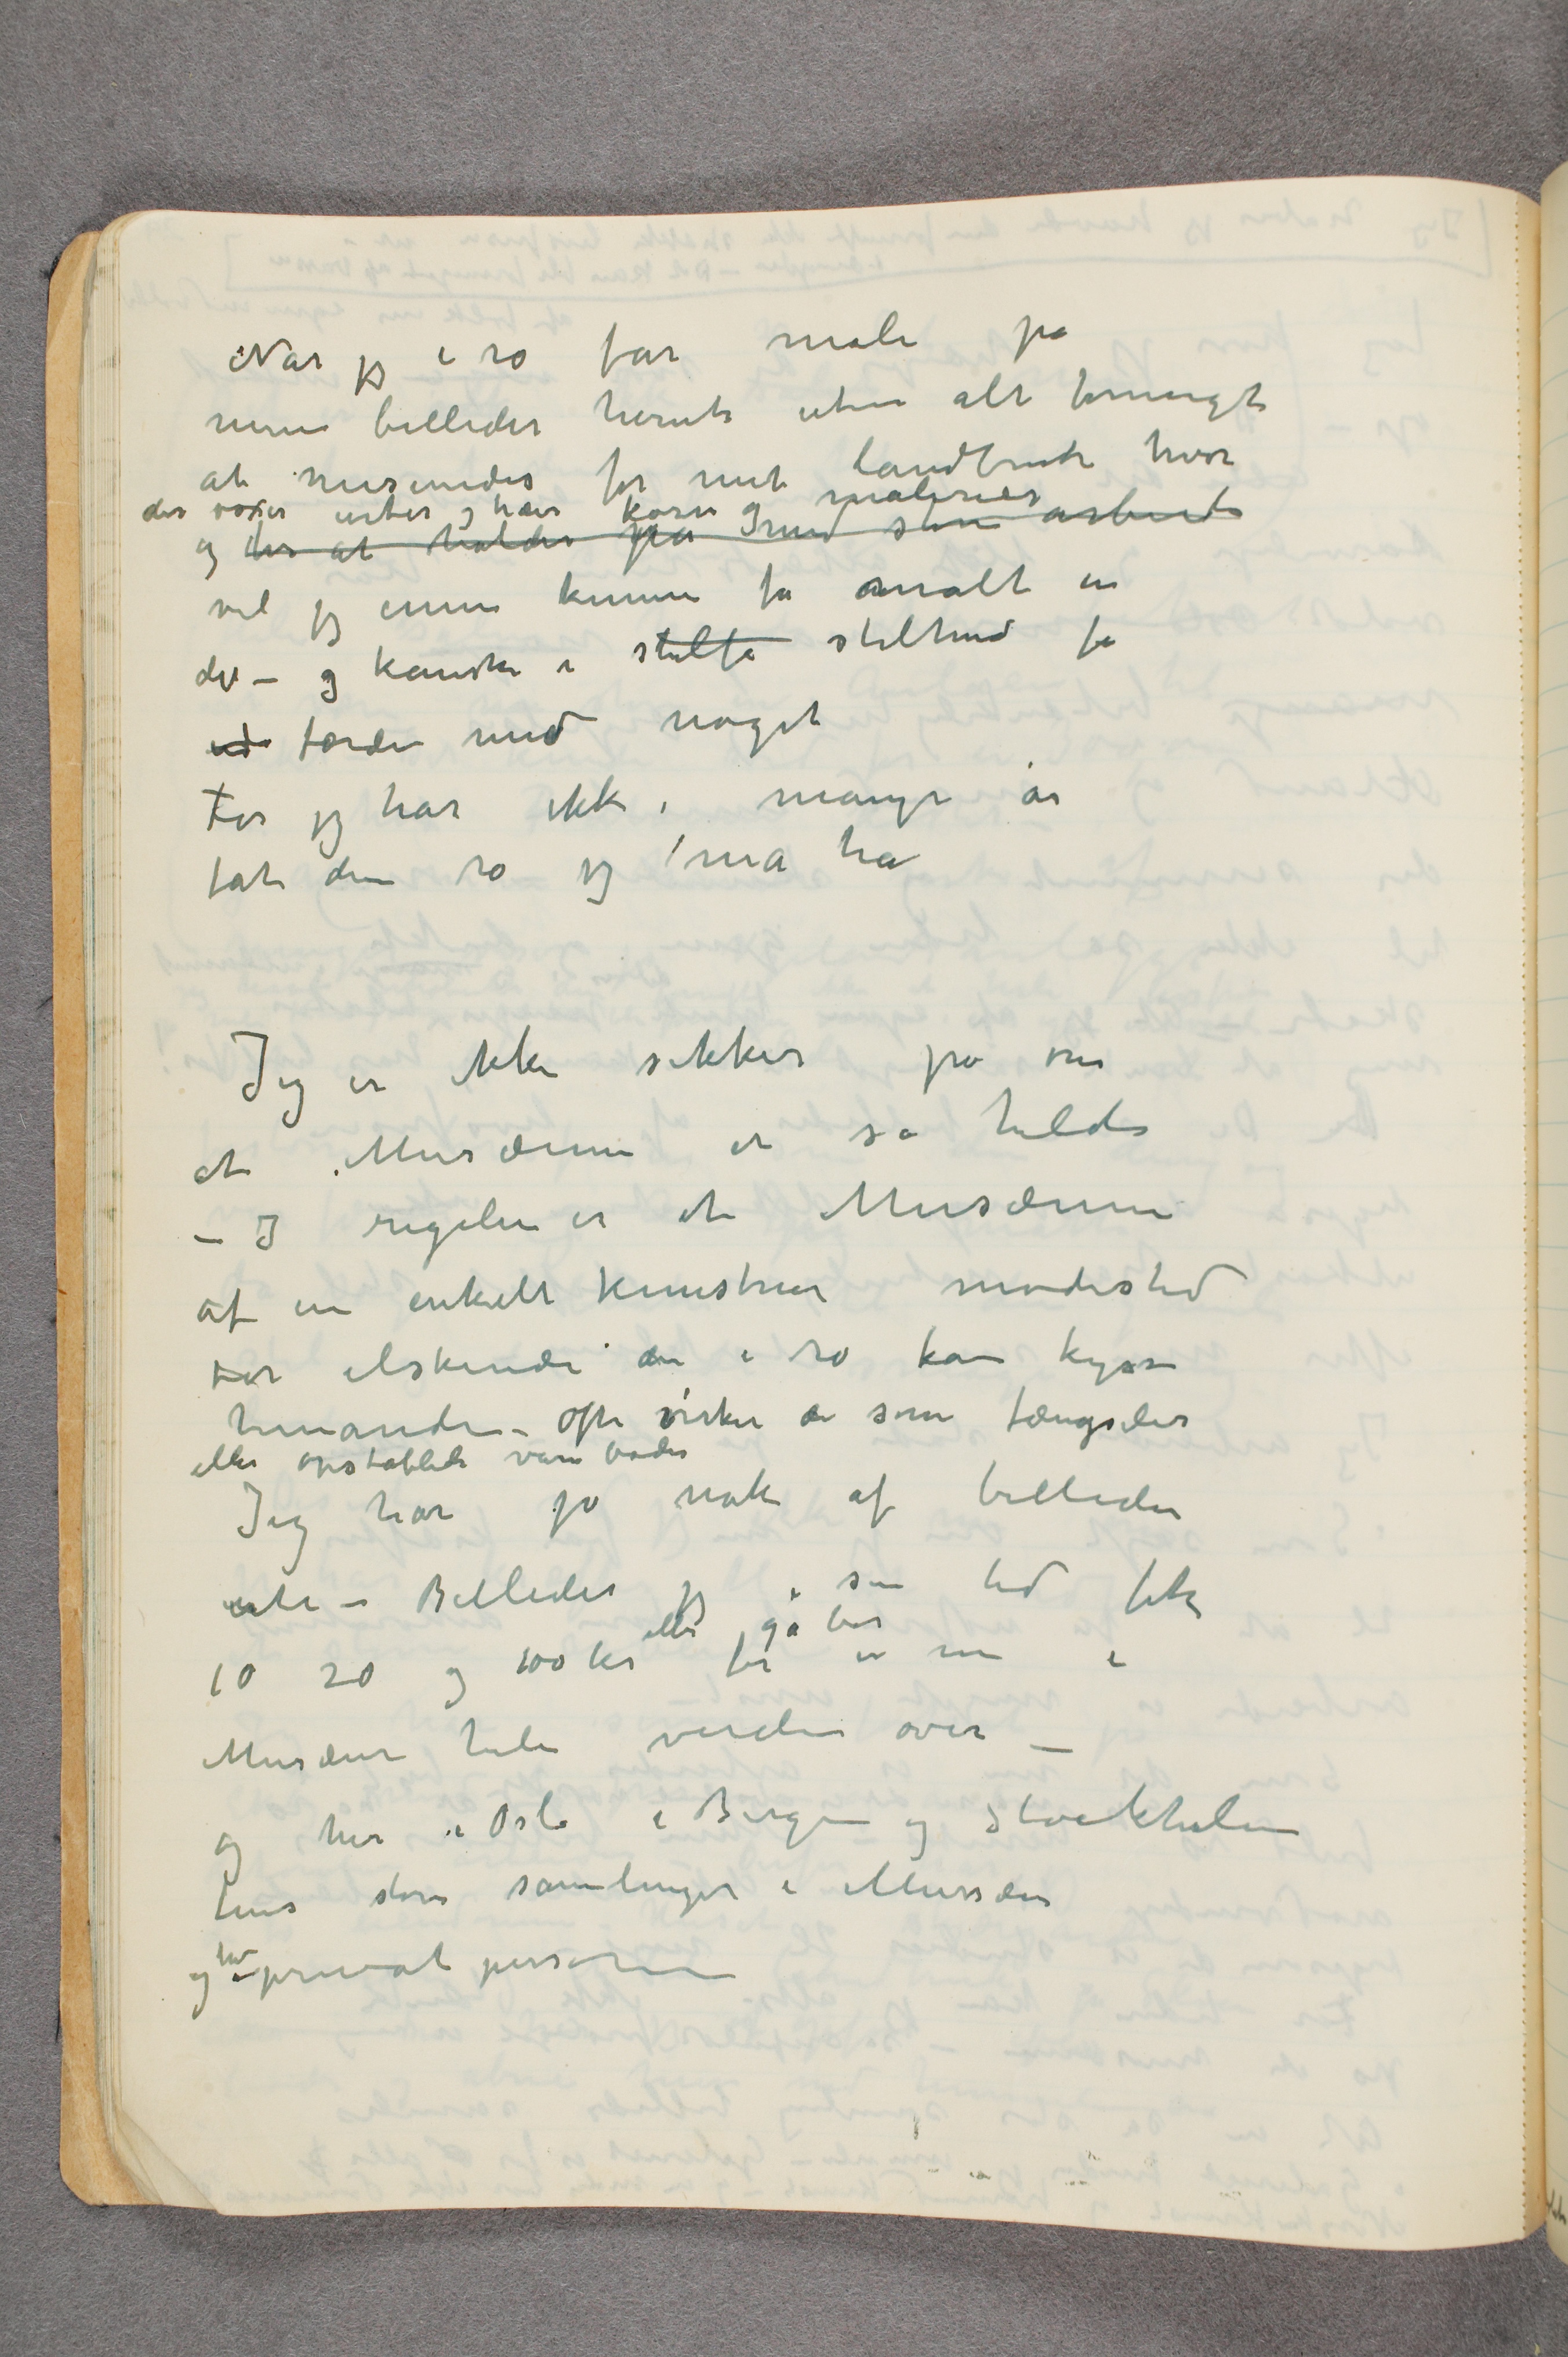
Når jeg i ro får male på
mine billeder herute uten alt formeget
at misundes for mit landbruk hvor
der voxer urter og træer korn og malerier
og der at holde på med store arbeide
vil jeg ennu kunne få malt en
del – og kanske i stilf stilhed få
ud færdi med noget
For jeg har ikke i mange år
fåt den ro jeg må ha
Jeg er ikke sikker på om
et Musæum er så heldi
– I regelen er et Musæum
af en enkelt kunstner mødested
for elskende der i ro kan kysse
hinanden – Ofte virker de som fængsler
eller opstablede vareboder
Jeg har jo nok af billeder
M – Billeder jeg i sin tid fik
10 20 og 100 kr for eller ga bort er nu i
Musæer hele verden over –
og her i Oslo i Bergen og Stockholm
kom større samlinger i Mussæer
og hos privatpersoner